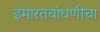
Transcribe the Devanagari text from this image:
इमारतबांधणीचा